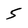
Character: 5